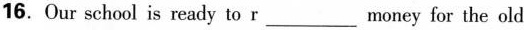
16. Our school is ready to r___money for the old